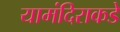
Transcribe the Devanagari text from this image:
यामंदिराकडे